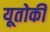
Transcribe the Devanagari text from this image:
यूतोकी